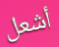
أشعل